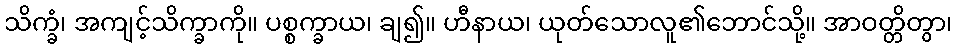
သိက္ခံ၊ အကျင့်သိက္ခာကို။ ပစ္စက္ခာယ၊ ချ၍။ ဟီနာယ၊ ယုတ်သောလူ၏ဘောင်သို့။ အာဝတ္တိတွာ၊